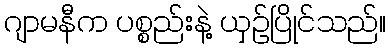
ဂျာမနီက ပစ္စည်းနဲ့ ယှဉ်ပြိုင်သည်။